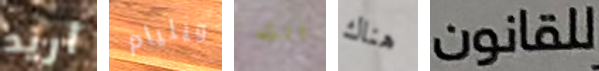
أريد ويليام انت هناك للقانون